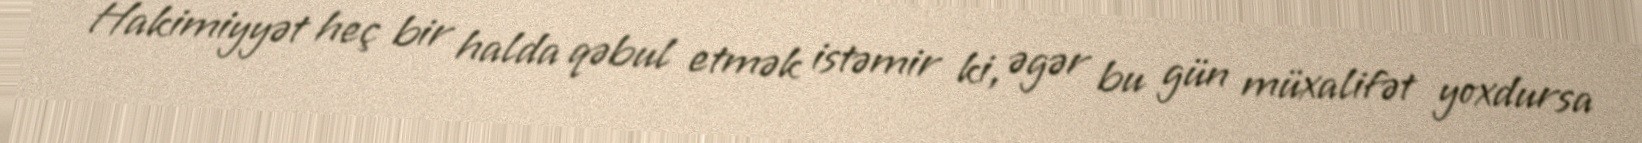
Hakimiyyət heç bir halda qəbul etmək istəmir ki, əgər bu gün müxalifət yoxdursa